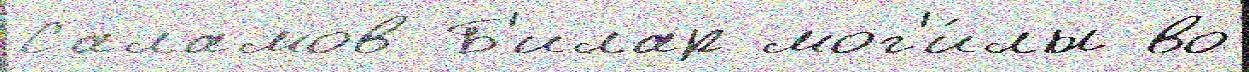
Саламов Б'илар мог'и́лы во